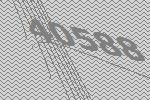
40588